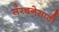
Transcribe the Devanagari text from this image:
संरचनेसाठी